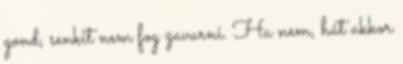
gond, senkit nem fog zavarni. Ha nem, hát akkor